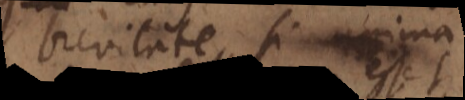
brevitate, si anima